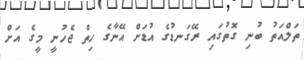
ތަލްއަތު ބުނި ގޮތުގައި ރޭގަނޑުގެ އުޑަށް އޭނާގެ ހިތް ޖެހުނީ މީގެ އަށް